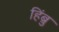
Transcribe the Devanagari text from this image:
हिंब्रु